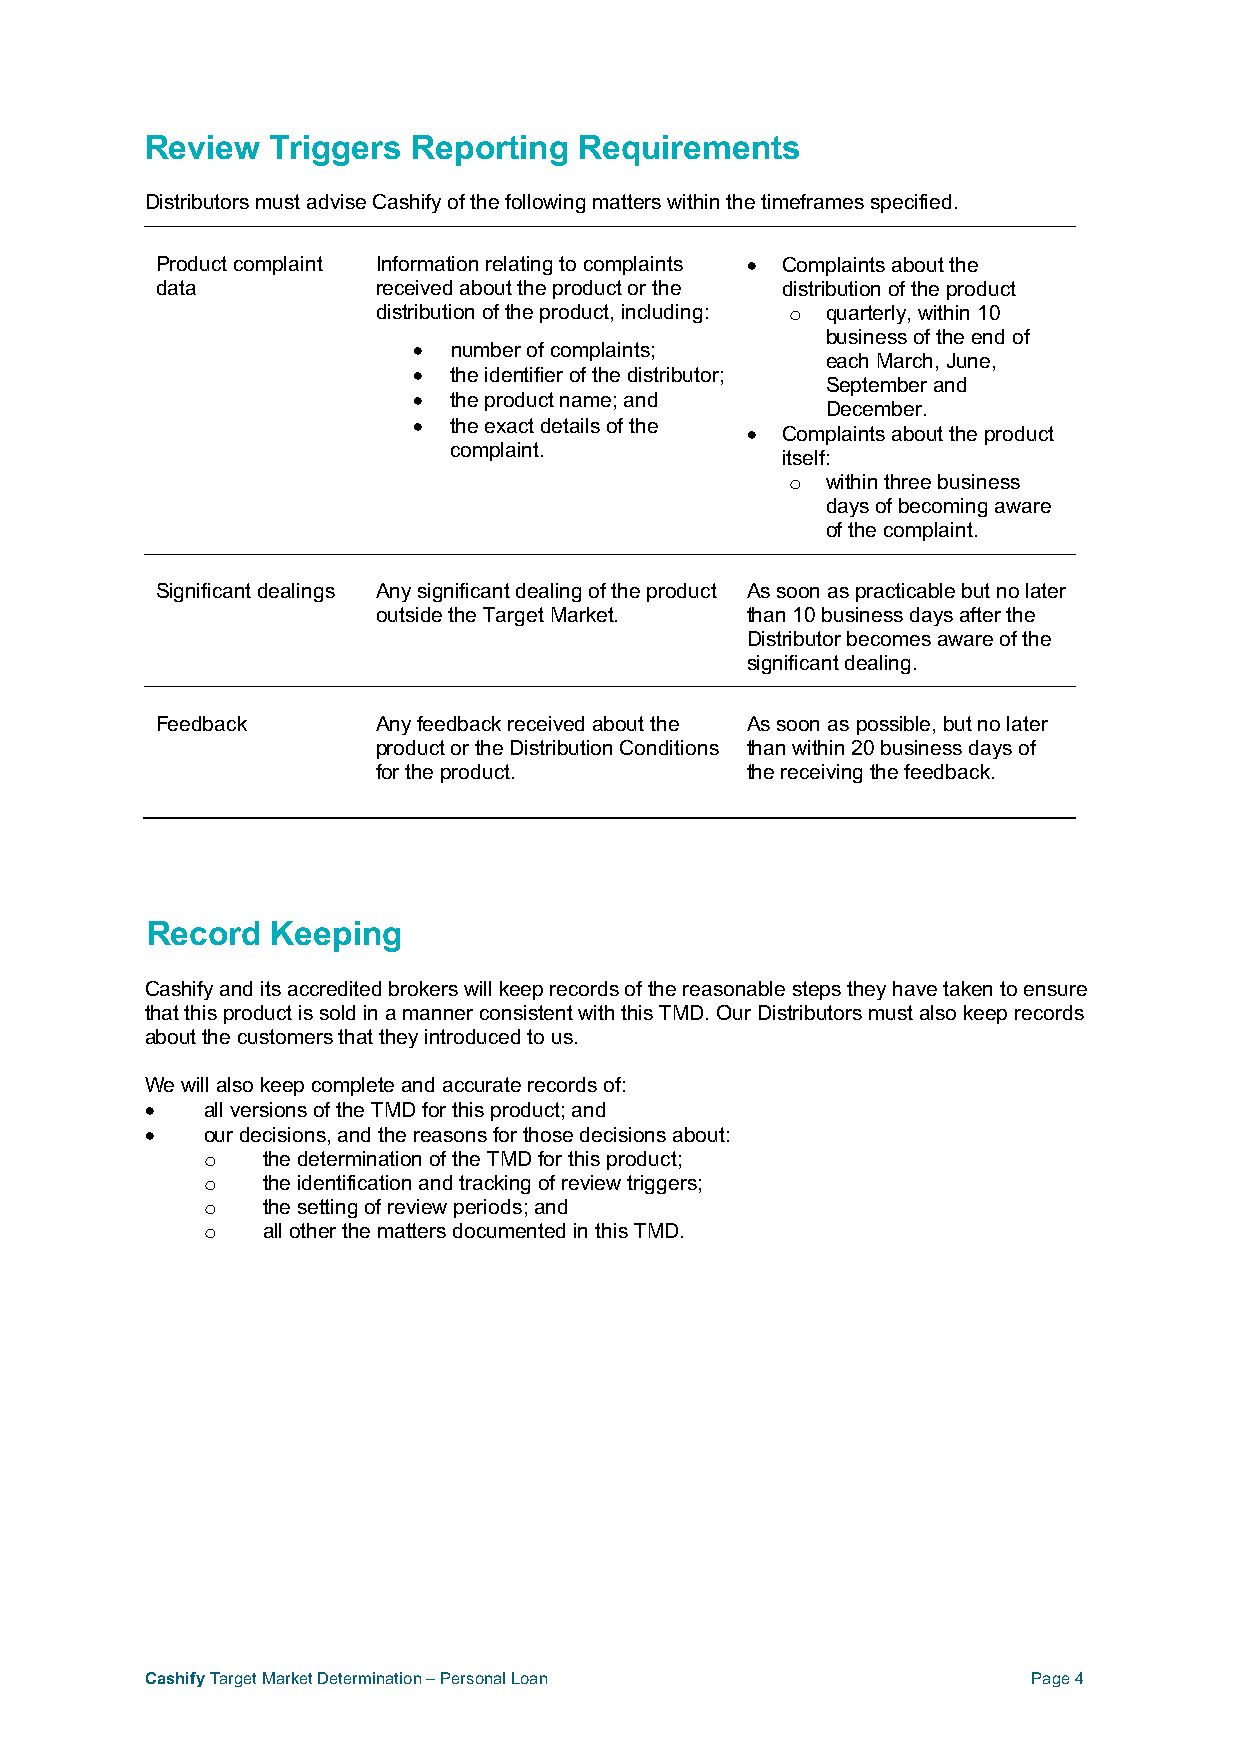
Review  Triggers Reporting  Requirements
 Distributors must advise Cashify of the following matters within the timeframes specified.
 Product complaint Information relating to complaints • Complaints about the
 data           received about the product or the distribution of the product
 distribution of the product, including: o quarterly, within 10
 business of the end of
 •  number of complaints;
 each March, June,
 •  the identifier of the distributor;
 September and
 •  the product name; and
 December.
 •  the exact details of the
 •  Complaints about the product
 complaint.
 itself:
 o  within three business
 days of becoming aware
 of the complaint.
 Significant dealings Any significant dealing of the product As soon as practicable but no later
 outside the Target Market. than 10 business days after the
 Distributor becomes aware of the
 significant dealing.
 Feedback       Any feedback received about the As soon as possible, but no later
 product or the Distribution Conditions than within 20 business days of
 for the product.        the receiving the feedback.
 Record  Keeping
 Cashify and its accredited brokers will keep records of the reasonable steps they have taken to ensure
 that this product is sold in a manner consistent with this TMD. Our Distributors must also keep records
 about the customers that they introduced to us.
 We will also keep complete and accurate records of:
 •  all versions of the TMD for this product; and
 •  our decisions, and the reasons for those decisions about:
 o   the determination of the TMD for this product;
 o   the identification and tracking of review triggers;
 o   the setting of review periods; and
 o   all other the matters documented in this TMD.
 Cashify Target Market Determination – Personal Loan       Page 4